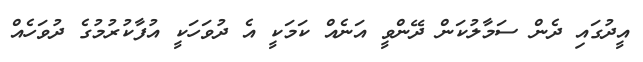
އީދުގައި ދެން ސަމާލުކަން ދޭންވީ އަނެއް ކަމަކީ އެ ދުވަހަކީ އުފާކުރުމުގެ ދުވަހެއް